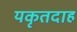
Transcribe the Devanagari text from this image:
यकृतदाह